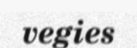
vegies